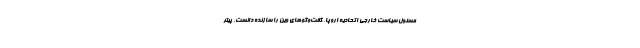
مسئول سیاست خارجی اتحادیه اروپا، گفت‌وگوهای وین را سازنده دانست. پیتر